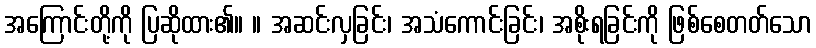
အကြောင်းတို့ကို ပြဆိုထား၏။ ။ အဆင်းလှခြင်း၊ အသံကောင်းခြင်း၊ အစိုးရခြင်းကို ဖြစ်စေတတ်သော